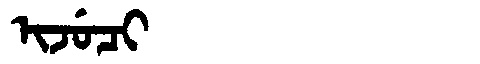
Manchu: ᡳᠵᡠᠴᡳ
Romanization: IJUCI